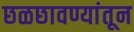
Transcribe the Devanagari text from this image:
छळछावण्यांतून